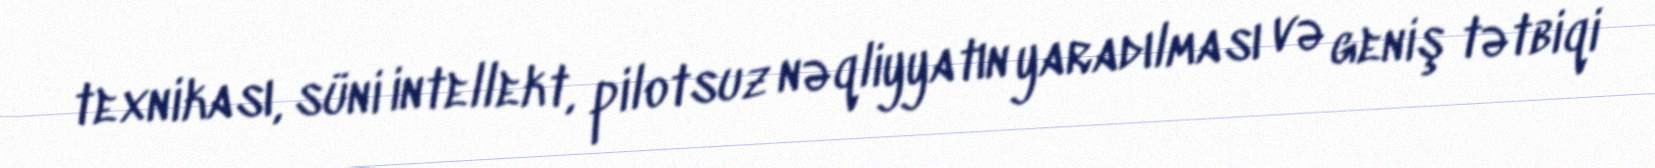
texnikası, süni intellekt, pilotsuz nəqliyyatın yaradılması və geniş tətbiqi